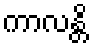
ကာလန္တိ